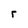
Character: r